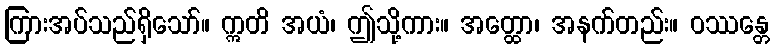
ကြားအပ်သည်ရှိသော်။ ဣတိ အယံ၊ ဤသို့ကား။ အတ္ထော၊ အနက်တည်း။ ဝဿန္တေ